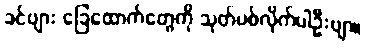
ခင်ဗျား ခြေထောက်တွေကို သုတ်ပစ်လိုက်ပါဦးဗျာ။